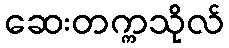
ဆေးတက္ကသိုလ်